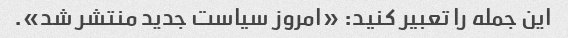
این جمله را تعبیر کنید: «امروز سیاست جدید منتشر شد».